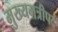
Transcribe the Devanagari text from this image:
मुख्यमत्रीपद